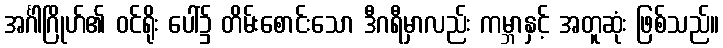
အင်္ဂါဂြိုဟ်၏ ဝင်ရိုး ပေါ်၌ တိမ်းစောင်းသော ဒီဂရီမှာလည်း ကမ္ဘာနှင့် အတူဆုံး ဖြစ်သည်။